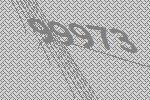
99973